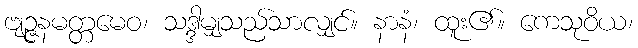
ဗျဉ္ဇနမတ္တမေဝ၊ သဒ္ဒါမျှသည်သာလျှင်။ နာနံ၊ ထူး၏။ ကေသုဝိယ၊